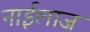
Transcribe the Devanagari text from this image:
नाईलाज